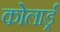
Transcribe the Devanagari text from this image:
कोलार्ड्र